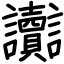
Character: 讟